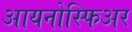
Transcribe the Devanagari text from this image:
आयनोस्फिअर